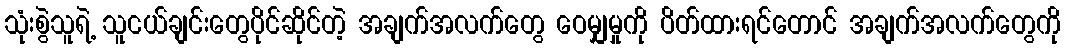
သုံးစွဲသူရဲ့ သူငယ်ချင်းတွေပိုင်ဆိုင်တဲ့ အချက်အလက်တွေ ဝေမျှမှုကို ပိတ်ထားရင်တောင် အချက်အလက်တွေကို